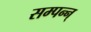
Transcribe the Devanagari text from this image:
सम्पन्न्